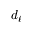
d _ { \ell }